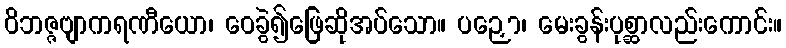
ဝိဘဇ္ဇဗျာကရဏီယော၊ ဝေခွဲ၍ဖြေဆိုအပ်သော။ ပဉှော၊ မေးခွန်းပုစ္ဆာလည်းကောင်း။